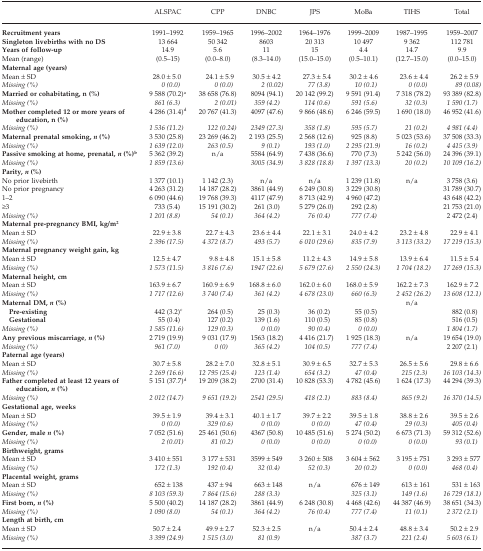
<table><thead><tr><td></td><td><b>ALSPAC</b></td><td><b>CPP</b></td><td><b>DNBC</b></td><td><b>JPS</b></td><td><b>MoBa</b></td><td><b>TIHS</b></td><td><b>Total</b></td></tr></thead><tbody><tr><td><b>Recruitment years</b></td><td>1991–1992</td><td>1959–1965</td><td>1996–2002</td><td>1964–1976</td><td>1999–2009</td><td>1987–1995</td><td>1959–2007</td></tr><tr><td><b>Singleton livebirths with no DS</b></td><td>13 664</td><td>50 342</td><td>8603</td><td>20 313</td><td>10 497</td><td>9 362</td><td>112 781</td></tr><tr><td><b>Years of follow-up</b></td><td>14.9</td><td>5.6</td><td>11</td><td>15</td><td>4.4</td><td>14.7</td><td>9.9</td></tr><tr><td>Mean (range)</td><td>(0.5–15)</td><td>(0.0–8.0)</td><td>(8.3–14.0)</td><td>(15.0–15.0)</td><td>(0.5–10.1)</td><td>(12.7–15.0)</td><td>(0.0–15.0)</td></tr><tr><td colspan="8"><b>Maternal age (years)</b></td></tr><tr><td>Mean ± SD</td><td>28.0 ± 5.0</td><td>24.1 ± 5.9</td><td>30.5 ± 4.2</td><td>27.3 ± 5.4</td><td>30.2 ± 4.6</td><td>23.6 ± 4.4</td><td>26.2 ± 5.9</td></tr><tr><td><i>Missing (%)</i></td><td><i>0 (0.0)</i></td><td><i>0 (0.0)</i></td><td><i>2 (0.02)</i></td><td><i>77 (3.8)</i></td><td><i>10 (0.1)</i></td><td><i>0 (0.0)</i></td><td><i>89 (0.08)</i></td></tr><tr><td><b>Married or cohabitating, n (%)</b></td><td>9 588 (70.2)a</td><td>38 658 (76.8)</td><td>8094 (94.1)</td><td>20 142 (99.2)</td><td>9 591 (91.4)</td><td>7 318 (78.2)</td><td>93 389 (82.8)</td></tr><tr><td><i>Missing (%)</i></td><td><i>861 (6.3)</i></td><td><i>2 (0.01)</i></td><td><i>359 (4.2)</i></td><td><i>114 (0.6)</i></td><td><i>591 (5.6)</i></td><td><i>32 (0.3)</i></td><td><i>1 590 (1.7)</i></td></tr><tr><td><b>Mother completed 12 or more years of education, n (%)</b></td><td>4 286 (31.4)d</td><td>20 767 (41.3)</td><td>4097 (47.6)</td><td>9 866 (48.6)</td><td>6 246 (59.5)</td><td>1 690 (18.0)</td><td>46 952 (41.6)</td></tr><tr><td><i>Missing (%)</i></td><td><i>1 536 (11.2)</i></td><td><i>122 (0.24)</i></td><td><i>2349 (27.3)</i></td><td><i>358 (1.8)</i></td><td><i>595 (5.7)</i></td><td><i>21 (0.2)</i></td><td><i>4 981 (4.4)</i></td></tr><tr><td><b>Maternal prenatal smoking, <i>n</i> (%)</b></td><td>3 530 (25.8)</td><td>23 269 (46.2)</td><td>2 193 (25.5)</td><td>2 568 (12.6)</td><td>925 (8.8)</td><td>5 023 (53.6)</td><td>37 508 (33.3)</td></tr><tr><td><i>Missing (%)</i></td><td><i>1 639 (12.0)</i></td><td><i>263 (0.5)</i></td><td><i>9 (0.1)</i></td><td><i>193 (1.0)</i></td><td><i>2 295 (21.9)</i></td><td><i>16 (0.2)</i></td><td><i>4 415 (3.9)</i></td></tr><tr><td><b>Passive smoking at home, prenatal, <i>n</i> (%)</b>b</td><td>5 362 (39.2)</td><td>n/a</td><td>5584 (64.9)</td><td>7 438 (36.6)</td><td>770 (7.3)</td><td>5 242 (56.0)</td><td>24 396 (39.1)</td></tr><tr><td><i>Missing (%)</i></td><td><i>1 859 (13.6)</i></td><td></td><td><i>3005 (34.9)</i></td><td><i>3 828 (18.8)</i></td><td><i>1 397 (13.3)</i></td><td><i>20 (0.2)</i></td><td><i>10 109 (16.2)</i></td></tr><tr><td colspan="8"><b>Parity, <i>n</i> (%)</b></td></tr><tr><td>No prior livebirth</td><td>1 377 (10.1)</td><td>1 142 (2.3)</td><td>n/a</td><td>n/a</td><td>1 239 (11.8)</td><td>n/a</td><td>3 758 (3.6)</td></tr><tr><td>No prior pregnancy</td><td>4 263 (31.2)</td><td>14 187 (28.2)</td><td>3861 (44.9)</td><td>6 249 (30.8)</td><td>3 229 (30.8)</td><td></td><td>31 789 (30.7)</td></tr><tr><td>1–2</td><td>6 090 (44.6)</td><td>19 768 (39.3)</td><td>4117 (47.9)</td><td>8 713 (42.9)</td><td>4 960 (47.2)</td><td></td><td>43 648 (42.2)</td></tr><tr><td>≥3</td><td>733 (5.4)</td><td>15 191 (30.2)</td><td>261 (3.0)</td><td>5 279 (26.0)</td><td>292 (2.8)</td><td></td><td>21 753 (21.0)</td></tr><tr><td><i>Missing (%)</i></td><td><i>1 201 (8.8)</i></td><td><i>54 (0.1)</i></td><td><i>364 (4.2)</i></td><td><i>76 (0.4)</i></td><td><i>777 (7.4)</i></td><td></td><td>2 472 (2.4)</td></tr><tr><td colspan="8"><b>Maternal pre-pregnancy BMI, kg/m<sup>2</sup></b></td></tr><tr><td>Mean ± SD</td><td>22.9 ± 3.8</td><td>22.7 ± 4.3</td><td>23.6 ± 4.4</td><td>22.1 ± 3.1</td><td>24.0 ± 4.2</td><td>23.2 ± 4.8</td><td>22.9 ± 4.1</td></tr><tr><td><i>Missing (%)</i></td><td><i>2 396 (17.5)</i></td><td><i>4 372 (8.7)</i></td><td><i>493 (5.7)</i></td><td><i>6 010 (29.6)</i></td><td><i>835 (7.9)</i></td><td><i>3 113 (33.2)</i></td><td><i>17 219 (15.3)</i></td></tr><tr><td colspan="8"><b>Maternal pregnancy weight gain, kg</b></td></tr><tr><td>Mean ± SD</td><td>12.5 ± 4.7</td><td>9.8 ± 4.8</td><td>15.1 ± 5.8</td><td>11.2 ± 4.3</td><td>14.9 ± 5.8</td><td>13.9 ± 6.4</td><td>11.5 ± 5.4</td></tr><tr><td><i>Missing (%)</i></td><td><i>1 573 (11.5)</i></td><td><i>3 816 (7.6)</i></td><td><i>1947 (22.6)</i></td><td><i>5 679 (27.6)</i></td><td><i>2 550 (24.3)</i></td><td><i>1 704 (18.2)</i></td><td><i>17 269 (15.3)</i></td></tr><tr><td colspan="8"><b>Maternal height, cm</b></td></tr><tr><td>Mean ± SD</td><td>163.9 ± 6.7</td><td>160.9 ± 6.9</td><td>168.8 ± 6.0</td><td>162.0 ± 6.0</td><td>168.0 ± 5.9</td><td>162.2 ± 7.3</td><td>162.9 ± 7.2</td></tr><tr><td><i>Missing (%)</i></td><td><i>1 717 (12.6)</i></td><td><i>3 740 (7.4)</i></td><td><i>361 (4.2)</i></td><td><i>4 678 (23.0)</i></td><td><i>660 (6.3)</i></td><td><i>2 452 (26.2)</i></td><td><i>13 608 (12.1)</i></td></tr><tr><td><b>Maternal DM, <i>n</i> (%)</b></td><td></td><td></td><td></td><td></td><td></td><td rowspan="3">n/a</td><td></td></tr><tr><td> <b>Pre-existing</b></td><td>442 (3.2)c</td><td>264 (0.5)</td><td>25 (0.3)</td><td>36 (0.2)</td><td>55 (0.5)</td><td>882 (0.8)</td></tr><tr><td> <b>Gestational</b></td><td>55 (0.4)</td><td>127 (0.2)</td><td>139 (1.6)</td><td>110 (0.5)</td><td>85 (0.8)</td><td>516 (0.5)</td></tr><tr><td><i>Missing (%)</i></td><td><i>1 585 (11.6)</i></td><td><i>129 (0.3)</i></td><td><i>0 (0.0)</i></td><td><i>90 (0.4)</i></td><td><i>0 (0.0)</i></td><td></td><td><i>1 804 (1.7)</i></td></tr><tr><td><b>Any previous miscarriage</b>, <b><i>n</i> (%)</b></td><td>2 719 (19.9)</td><td>9 031 (17.9)</td><td>1563 (18.2)</td><td>4 416 (21.7)</td><td>1 925 (18.3)</td><td rowspan="2">n/a</td><td>19 654 (19.0)</td></tr><tr><td><i>Missing (%)</i></td><td><i>961 (7.0)</i></td><td><i>0 (0)</i></td><td><i>365 (4.2)</i></td><td><i>104 (0.5)</i></td><td><i>777 (7.4)</i></td><td>2 207 (2.1)</td></tr><tr><td colspan="8"><b>Paternal age (years)</b></td></tr><tr><td>Mean ± SD</td><td>30.7 ± 5.8</td><td>28.2 ± 7.0</td><td>32.8 ± 5.1</td><td>30.9 ± 6.5</td><td>32.7 ± 5.3</td><td>26.5 ± 5.6</td><td>29.8 ± 6.6</td></tr><tr><td><i>Missing (%)</i></td><td><i>2 269 (16.6)</i></td><td><i>12 795 (25.4)</i></td><td><i>123 (1.4)</i></td><td><i>654 (3.2)</i></td><td><i>47 (0.4)</i></td><td><i>215 (2.3)</i></td><td><i>16 103 (14.3)</i></td></tr><tr><td><b>Father completed at least 12 years of education, <i>n</i> (%)</b></td><td>5 151 (37.7)d</td><td>19 209 (38.2)</td><td>2700 (31.4)</td><td>10 828 (53.3)</td><td>4 782 (45.6)</td><td>1 624 (17.3)</td><td>44 294 (39.3)</td></tr><tr><td><i>Missing (%)</i></td><td><i>2 012 (14.7)</i></td><td><i>9 651 (19.2)</i></td><td><i>2541 (29.5)</i></td><td><i>418 (2.1)</i></td><td><i>883 (8.4)</i></td><td><i>865 (9.2)</i></td><td><i>16 370 (14.5)</i></td></tr><tr><td colspan="8"><b>Gestational age, weeks</b></td></tr><tr><td>Mean ± SD</td><td>39.5 ± 1.9</td><td>39.4 ± 3.1</td><td>40.1 ± 1.7</td><td>39.7 ± 2.2</td><td>39.5 ± 1.8</td><td>38.8 ± 2.6</td><td>39.5 ± 2.6</td></tr><tr><td><i>Missing (%)</i></td><td><i>0 (0.0)</i></td><td><i>329 (0.6)</i></td><td><i>0 (0.0)</i></td><td><i>0 (0.0)</i></td><td><i>47 (0.4)</i></td><td><i>29 (0.3)</i></td><td><i>405 (0.4)</i></td></tr><tr><td><b>Gender, male <i>n</i> (%)</b></td><td>7 052 (51.6)</td><td>25 461 (50.6)</td><td>4367 (50.8)</td><td>10 485 (51.6)</td><td>5 274 (50.2)</td><td>6 673 (71.3)</td><td>59 312 (52.6)</td></tr><tr><td><i>Missing (%)</i></td><td><i>2 (0.01)</i></td><td><i>81 (0.2)</i></td><td><i>0 (0.0)</i></td><td><i>0 (0.0)</i></td><td><i>0 (0.0)</i></td><td><i>0 (0.0)</i></td><td><i>93 (0.1)</i></td></tr><tr><td colspan="8"><b>Birthweight, grams</b></td></tr><tr><td>Mean ± SD</td><td>3 410 ± 551</td><td>3 177 ± 531</td><td>3599 ± 549</td><td>3 260 ± 508</td><td>3 604 ± 562</td><td>3 195 ± 751</td><td>3 293 ± 577</td></tr><tr><td><i>Missing (%)</i></td><td><i>172 (1.3)</i></td><td><i>192 (0.4)</i></td><td><i>32 (0.4)</i></td><td><i>52 (0.3)</i></td><td><i>20 (0.2)</i></td><td><i>0 (0.0)</i></td><td><i>468 (0.4)</i></td></tr><tr><td colspan="8"><b>Placental weight, grams</b></td></tr><tr><td>Mean ± SD</td><td>652 ± 138</td><td>437 ± 94</td><td>663 ± 148</td><td>n/a</td><td>676 ± 149</td><td>613 ± 161</td><td>531 ± 163</td></tr><tr><td><i>Missing (%)</i></td><td><i>8 103 (59.3)</i></td><td><i>7 864 (15.6)</i></td><td><i>288 (3.3)</i></td><td></td><td><i>325 (3.1)</i></td><td><i>149 (1.6)</i></td><td><i>16 729 (18.1)</i></td></tr><tr><td><b>First born, <i>n</i> (%)</b></td><td>5 500 (40.2)</td><td>14 187 (28.2)</td><td>3861 (44.9)</td><td>6 248 (30.8)</td><td>4 468 (42.6)</td><td>44 387 (46.9)</td><td>38 651 (34.3)</td></tr><tr><td><i>Missing (%)</i></td><td><i>1 090 (8.0)</i></td><td><i>54 (0.1)</i></td><td><i>364 (4.2)</i></td><td><i>76 (0.4)</i></td><td><i>777 (7.4)</i></td><td><i>11 (0.1)</i></td><td><i>2 372 (2.1)</i></td></tr><tr><td colspan="8"><b>Length at birth, cm</b></td></tr><tr><td>Mean ± SD</td><td>50.7 ± 2.4</td><td>49.9 ± 2.7</td><td>52.3 ± 2.5</td><td>n/a</td><td>50.4 ± 2.4</td><td>48.8 ± 3.4</td><td>50.2 ± 2.9</td></tr><tr><td><i>Missing (%)</i></td><td><i>3 399 (24.9)</i></td><td><i>1 515 (3.0)</i></td><td><i>81 (0.9)</i></td><td></td><td><i>387 (3.7)</i></td><td><i>221 (2.4)</i></td><td><i>5 603 (6.1)</i></td></tr></tbody></table>